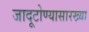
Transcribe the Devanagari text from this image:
जादूटोण्यासारख्या